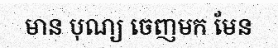
មាន បុណ្យ ចេញមក មែន